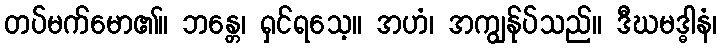
တပ်မက်မော၏။ ဘန္တေ၊ ရှင်ရသေ့။ အဟံ၊ အကျွန်ုပ်သည်။ ဒီဃမဒ္ဓါနံ၊